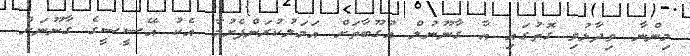
މިންނާ ވިދާޅުވި ގޮތުގައި އާ ގާނޫނުލް އުގޫބާތަށް އަމަލުކުރަންފެށުމާ އެކު އޭސީސީގެ ގާނޫނަށް